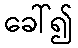
ခေါ်၍